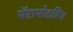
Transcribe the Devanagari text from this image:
पॅरामोटरिंग